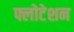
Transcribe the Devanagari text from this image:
फ्लोटेशन